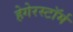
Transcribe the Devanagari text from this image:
हेगेरस्टॉर्म